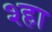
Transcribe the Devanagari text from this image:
श्हा